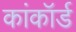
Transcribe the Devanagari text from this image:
कांकॉर्ड